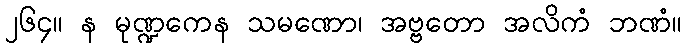
၂၆၄။ န မုဏ္ဍကေန သမဏော၊ အဗ္ဗတော အလိကံ ဘဏံ။